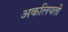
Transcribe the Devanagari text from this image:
अकलियती